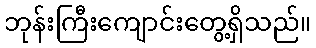
ဘုန်းကြီးကျောင်းတွေ့ရှိသည်။